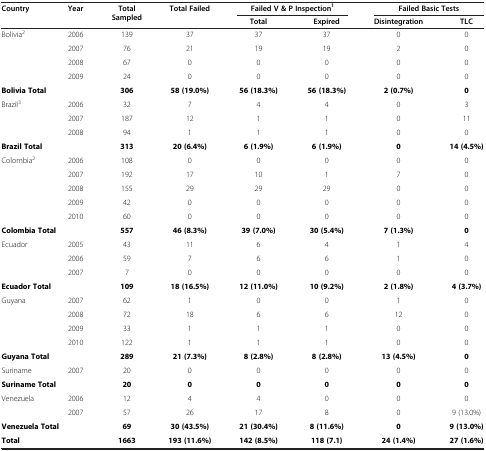
<table><thead><tr><td rowspan="2"><b>Country</b></td><td rowspan="2"><b>Year</b></td><td rowspan="2"><b>Total Sampled</b></td><td rowspan="2"><b>Total Failed</b></td><td colspan="2"><b>Failed V &amp; P Inspection<sup>1</sup></b></td><td colspan="2"><b>Failed Basic Tests</b></td></tr><tr><td><b>Total</b></td><td><b>Expired</b></td><td><b>Disintegration</b></td><td><b>TLC</b></td></tr></thead><tbody><tr><td rowspan="4">Bolivia<sup>2</sup></td><td>2006</td><td>139</td><td>37</td><td>37</td><td>37</td><td>0</td><td>0</td></tr><tr><td>2007</td><td>76</td><td>21</td><td>19</td><td>19</td><td>2</td><td>0</td></tr><tr><td>2008</td><td>67</td><td>0</td><td>0</td><td>0</td><td>0</td><td>0</td></tr><tr><td>2009</td><td>24</td><td>0</td><td>0</td><td>0</td><td>0</td><td>0</td></tr><tr><td colspan="2"><b>Bolivia Total</b></td><td><b>306</b></td><td><b>58 (19.0%)</b></td><td><b>56 (18.3%)</b></td><td><b>56 (18.3%)</b></td><td><b>2 (0.7%)</b></td><td><b>0</b></td></tr><tr><td rowspan="3">Brazil<sup>3</sup></td><td>2006</td><td>32</td><td>7</td><td>4</td><td>4</td><td>0</td><td>3</td></tr><tr><td>2007</td><td>187</td><td>12</td><td>1</td><td>1</td><td>0</td><td>11</td></tr><tr><td>2008</td><td>94</td><td>1</td><td>1</td><td>1</td><td>0</td><td>0</td></tr><tr><td colspan="2"><b>Brazil Total</b></td><td><b>313</b></td><td><b>20 (6.4%)</b></td><td><b>6 (1.9%)</b></td><td><b>6 (1.9%)</b></td><td><b>0</b></td><td><b>14 (4.5%)</b></td></tr><tr><td rowspan="5">Colombia<sup>2</sup></td><td>2006</td><td>108</td><td>0</td><td>0</td><td>0</td><td>0</td><td>0</td></tr><tr><td>2007</td><td>192</td><td>17</td><td>10</td><td>1</td><td>7</td><td>0</td></tr><tr><td>2008</td><td>155</td><td>29</td><td>29</td><td>29</td><td>0</td><td>0</td></tr><tr><td>2009</td><td>42</td><td>0</td><td>0</td><td>0</td><td>0</td><td>0</td></tr><tr><td>2010</td><td>60</td><td>0</td><td>0</td><td>0</td><td>0</td><td>0</td></tr><tr><td colspan="2"><b>Colombia Total</b></td><td><b>557</b></td><td><b>46 (8.3%)</b></td><td><b>39 (7.0%)</b></td><td><b>30 (5.4%)</b></td><td><b>7 (1.3%)</b></td><td><b>0</b></td></tr><tr><td rowspan="3">Ecuador</td><td>2005</td><td>43</td><td>11</td><td>6</td><td>4</td><td>1</td><td>4</td></tr><tr><td>2006</td><td>59</td><td>7</td><td>6</td><td>6</td><td>1</td><td>0</td></tr><tr><td>2007</td><td>7</td><td>0</td><td>0</td><td>0</td><td>0</td><td>0</td></tr><tr><td colspan="2"><b>Ecuador Total</b></td><td><b>109</b></td><td><b>18 (16.5%)</b></td><td><b>12 (11.0%)</b></td><td><b>10 (9.2%)</b></td><td><b>2 (1.8%)</b></td><td><b>4 (3.7%)</b></td></tr><tr><td rowspan="4">Guyana</td><td>2007</td><td>62</td><td>1</td><td>0</td><td>0</td><td>1</td><td>0</td></tr><tr><td>2008</td><td>72</td><td>18</td><td>6</td><td>6</td><td>12</td><td>0</td></tr><tr><td>2009</td><td>33</td><td>1</td><td>1</td><td>1</td><td>0</td><td>0</td></tr><tr><td>2010</td><td>122</td><td>1</td><td>1</td><td>1</td><td>0</td><td>0</td></tr><tr><td colspan="2"><b>Guyana Total</b></td><td><b>289</b></td><td><b>21 (7.3%)</b></td><td><b>8 (2.8%)</b></td><td><b>8 (2.8%)</b></td><td><b>13 (4.5%)</b></td><td><b>0</b></td></tr><tr><td>Suriname</td><td>2007</td><td>20</td><td>0</td><td>0</td><td>0</td><td>0</td><td>0</td></tr><tr><td colspan="2"><b>Suriname Total</b></td><td><b>20</b></td><td><b>0</b></td><td><b>0</b></td><td><b>0</b></td><td><b>0</b></td><td><b>0</b></td></tr><tr><td rowspan="2">Venezuela</td><td>2006</td><td>12</td><td>4</td><td>4</td><td>0</td><td>0</td><td>0</td></tr><tr><td>2007</td><td>57</td><td>26</td><td>17</td><td>8</td><td>0</td><td>9 (13.0%)</td></tr><tr><td colspan="2"><b>Venezuela Total</b></td><td><b>69</b></td><td><b>30 (43.5%)</b></td><td><b>21 (30.4%)</b></td><td><b>8 (11.6%)</b></td><td><b>0</b></td><td><b>9 (13.0%)</b></td></tr><tr><td><b>Total</b></td><td>[EMPTY_CELL]</td><td><b>1663</b></td><td><b>193 (11.6%)</b></td><td><b>142 (8.5%)</b></td><td><b>118 (7.1)</b></td><td><b>24 (1.4%)</b></td><td><b>27 (1.6%)</b></td></tr></tbody></table>